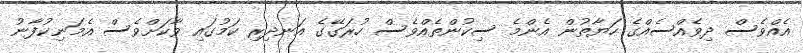
އެއްވެސް ދިވެއްސެއްގެ ހަޔާތުން އެންމެ ސިކުންތެއްވެސް ހުރަގޭގެ އަނދިރި ކަމުގައި ވާކަށްވެސް އެމަނިކުފާނު